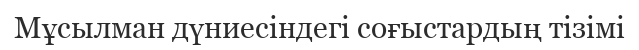
Мұсылман дүниесіндегі соғыстардың тізімі